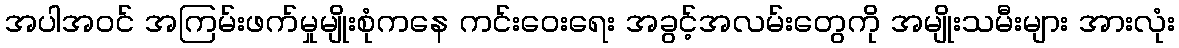
အပါအဝင် အကြမ်းဖက်မှုမျိုးစုံကနေ ကင်းဝေးရေး အခွင့်အလမ်းတွေကို အမျိုးသမီးများ အားလုံး